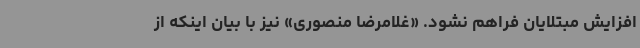
افزایش مبتلایان فراهم نشود. «غلامرضا منصوری» نیز با بیان اینکه از